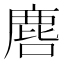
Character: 𮭲